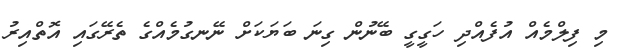
މި ފިލްމެއް އުފެއްދި ހަގީގީ ބޭނުން ގިނަ ބަޔަކަށް ނޭނގުމެއްގެ ތެރޭގައި އޮތްއިރު